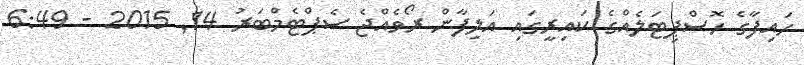
ހައިފާގެ ހޮސްޕިޓަލެއްގެ ކައިރީގައި އަލިފާން ރޯވެއްޖެ ސެޕްޓެމްބަރު 14